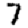
Digit: 7